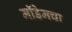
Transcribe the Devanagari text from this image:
मॉडेमचा